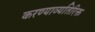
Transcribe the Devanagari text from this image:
करण्याव्यतिरिक्त